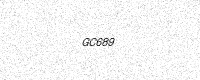
Text: GC689